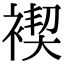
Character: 褉